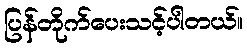
ပြန်တိုက်ပေးသင့်ပါတယ်။